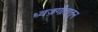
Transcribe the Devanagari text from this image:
ध्वजगीतातून